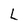
Character: L